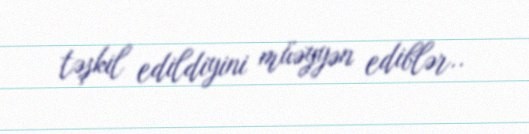
təşkil edildiyini müəyyən ediblər..